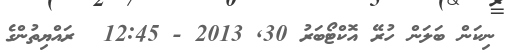
ނިކަން ބަލަން ހުރޭ އޮކްޓޯބަރު 30